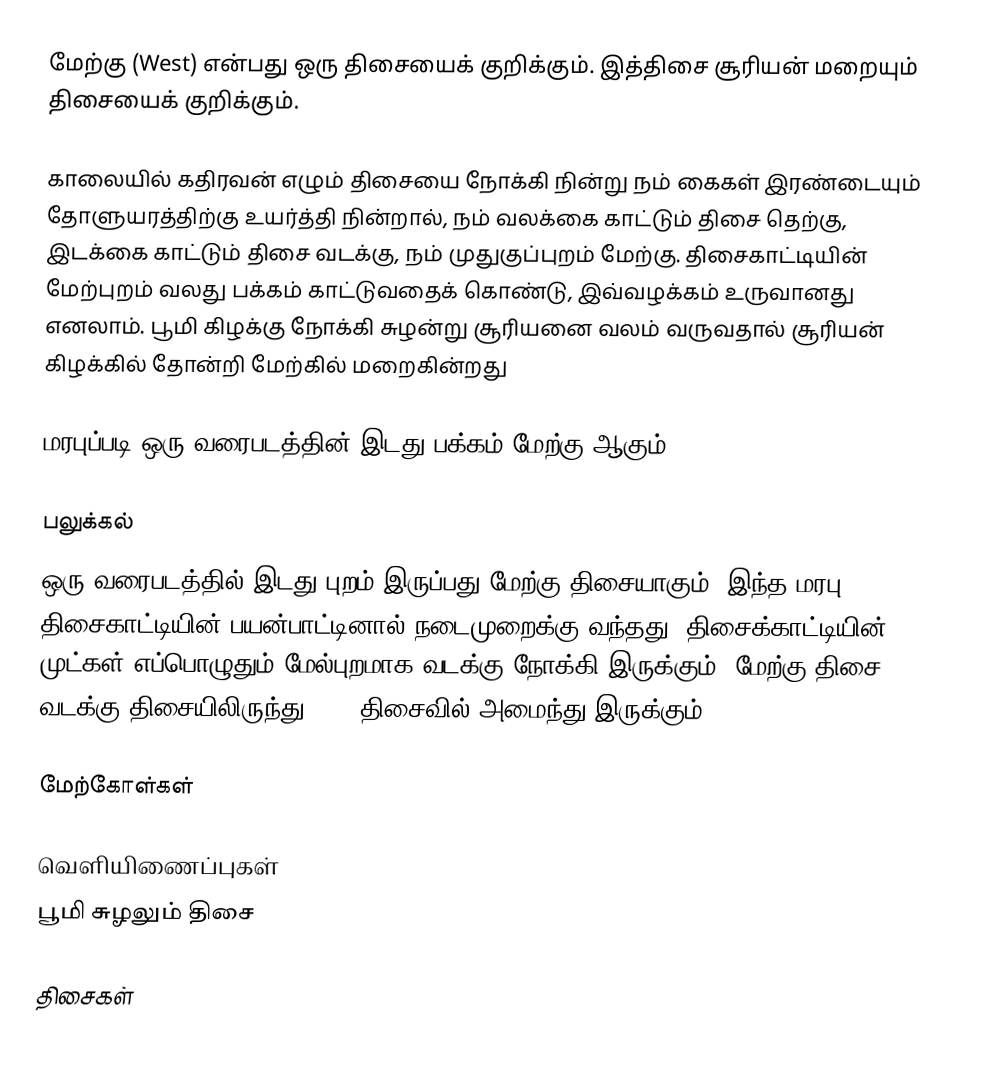
மேற்கு (West) என்பது ஒரு திசையைக் குறிக்கும். இத்திசை சூரியன் மறையும் திசையைக் குறிக்கும்.

காலையில் கதிரவன் எழும் திசையை நோக்கி நின்று நம் கைகள் இரண்டையும் தோளுயரத்திற்கு உயர்த்தி நின்றால், நம் வலக்கை காட்டும் திசை தெற்கு, இடக்கை காட்டும் திசை வடக்கு, நம் முதுகுப்புறம் மேற்கு. திசைகாட்டியின் மேற்புறம் வலது பக்கம் காட்டுவதைக் கொண்டு, இவ்வழக்கம் உருவானது எனலாம். பூமி கிழக்கு நோக்கி சுழன்று சூரியனை வலம் வருவதால் சூரியன் கிழக்கில் தோன்றி மேற்கில் மறைகின்றது

மரபுப்படி ஒரு வரைபடத்தின் இடது பக்கம் மேற்கு ஆகும்.

பலுக்கல்
ஒரு வரைபடத்தில் இடது புறம் இருப்பது மேற்கு திசையாகும். இந்த மரபு திசைகாட்டியின் பயன்பாட்டினால் நடைமுறைக்கு வந்தது. திசைக்காட்டியின் முட்கள் எப்பொழுதும் மேல்புறமாக வடக்கு நோக்கி இருக்கும். மேற்கு திசை வடக்கு திசையிலிருந்து 270° திசைவில் அமைந்து இருக்கும்.

மேற்கோள்கள்

வெளியிணைப்புகள்
 பூமி சுழலும் திசை

திசைகள்